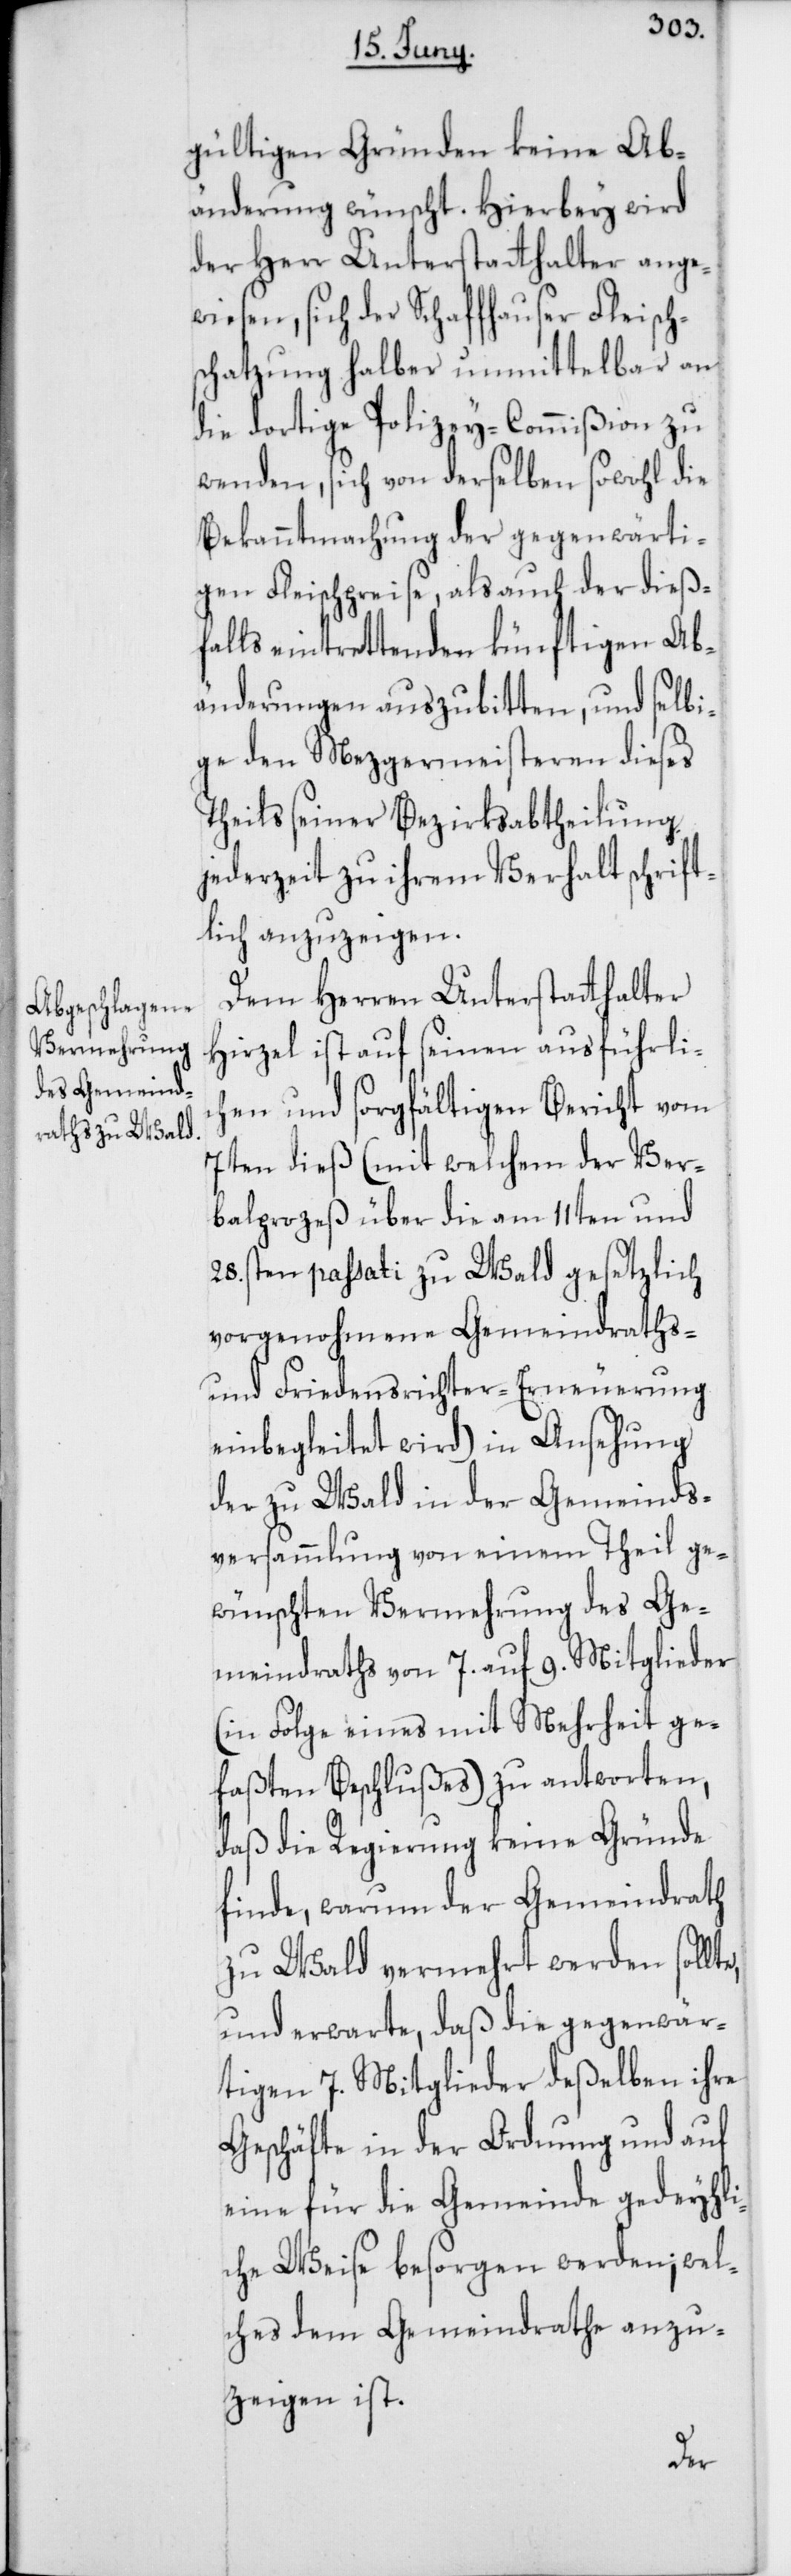
gültigen Gründen keine Ab¬
änderung wünscht. Hierbey wird
der Herr Unterstatthalter ange¬
wiesen, sich der Schaffhauser Fleisch¬
schatzung halber unmittelbar an
die dortige Polizey-Commißion zu
wenden, sich von derselben sowohl die
Bekanntmachung der gegenwärti¬
gen Fleischpreise, als auch der dieß¬
falls eintrettenden künftigen Ab¬
änderungen auszubitten, und selbi¬
ge den Metzgermeisteren dieses
Theils seiner Bezirksabtheilung
jederzeit zu ihrem Verhalt schrift¬
lich anzuzeigen.
Dem Herren Unterstatthalter
Hirzel ist auf seinen ausführlic¬
hen und sorgfältigen Bericht vom
7ten dieß (mit welchem der Ver¬
balprozeß über die am 11ten und
28sten passati zu Wald gesetzlich
vorgenohmene Gemeindraths-
und Friedensrichter-Erneuerung
einbegleitet wird) in Ansehung
der zu Wald in der Gemeinds¬
versammlung von einem Theil ge¬
wünschten Vermehrung des Ge¬
meindrathes von 7. auf 9. Mitglieder
(in Folge eines mit Mehrheit ge¬
faßten Beschlußes) zu antworten,
daß die Regierung keine Gründe
finde, warum der Gemeindrath
zu Wald vermehrt werden sollt¬
und erwarte, daß die gegenwär¬
tigen 7. Mitglieder deßelben ihre
Geschäfte in der Ordnung und auf
eine für die Gemeinde gedeyhli¬
che Weise besorgen werden; wel¬
ches dem Gemeindrathe anzu¬
zeigen ist.
e,